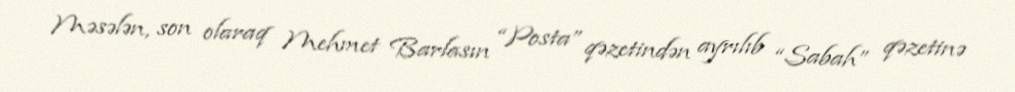
Məsələn, son olaraq Mehmet Barlasın “Posta” qəzetindən ayrılıb “Sabah” qəzetinə